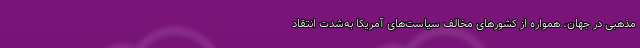
مذهبی در جهان، همواره از کشورهای مخالف سیاست‌های آمریکا به‌شدت انتقاد